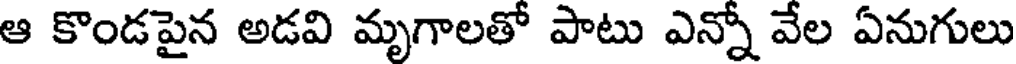
ఆ కొండపైన అడవి మృగాలతో పాటు ఎన్నో వేల ఏనుగులు